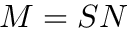
M = S N